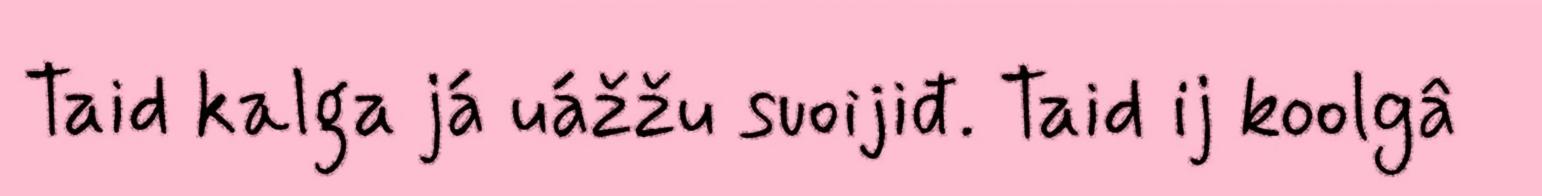
Taid kalga já uážžu suoijiđ. Taid ij koolgâ